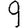
Digit: 9